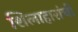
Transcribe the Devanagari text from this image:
शिलाहारांची